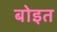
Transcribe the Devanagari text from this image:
बोइत